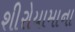
શીરોયામાના